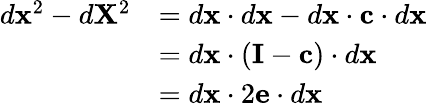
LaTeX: {\begin{array}{rl}{d\mathbf{x}^{2}-d\mathbf{X}^{2}}&{=d\mathbf{x}\cdot d\mathbf{x}-d\mathbf{x}\cdot\mathbf{c}\cdot d\mathbf{x}}\\ &{=d\mathbf{x}\cdot(\mathbf{I}-\mathbf{c})\cdot d\mathbf{x}}\\ &{=d\mathbf{x}\cdot 2\mathbf{e}\cdot d\mathbf{x}}\end{array}}